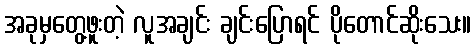
အခုမှတွေ့ဖူးတဲ့ လူအချင်း ချင်းပြောရင် ပိုတောင်ဆိုးသေး။